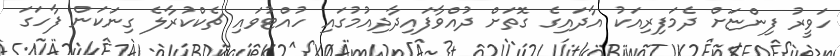
ހަވީރު ފިންޏަށް ދެމަފިރިއަކު އާދައިގެ ގޮތަށް ދުއްވާފައިދާދިއުމުގައި ހުއްޓުވައި ޗެކްކުރާލެ ގިނަކަން ފާހަގަ